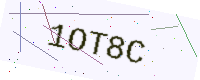
Text: 1OT8C